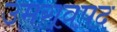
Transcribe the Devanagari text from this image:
उमरावपद